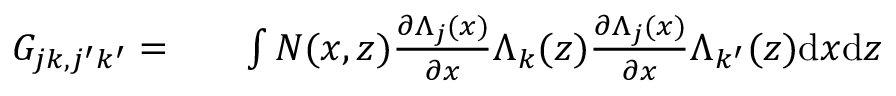
\begin{array} { r l r } { G _ { j k , j ^ { \prime } k ^ { \prime } } = } & { { } } & { \int N ( x , z ) \frac { \partial \Lambda _ { j } ( x ) } { \partial x } \Lambda _ { k } ( z ) \frac { \partial \Lambda _ { j } ( x ) } { \partial x } \Lambda _ { k ^ { \prime } } ( z ) \mathrm { d } x \mathrm { d } z } \end{array}